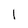
Character: 1